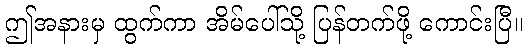
ဤအနားမှ ထွက်ကာ အိမ်ပေါ်သို့ ပြန်တက်ဖို့ ကောင်းပြီ။